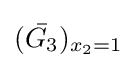
({\bar {G_{3}}})_{x_{2}=1}